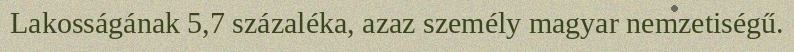
Lakosságának 5,7 százaléka, azaz személy magyar nemzetiségű.